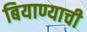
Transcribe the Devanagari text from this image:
बियाण्याची